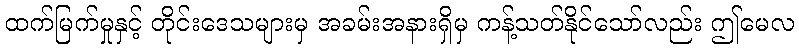
ထက်မြက်မှုနှင့် တိုင်းဒေသများမှ အခမ်းအနားရှိမှ ကန့်သတ်နိုင်သော်လည်း ဤမေလ